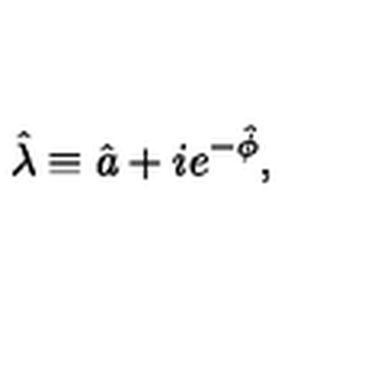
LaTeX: \hat { \lambda } \equiv \hat { a } + i e ^ { - \hat { \phi } } ,